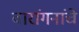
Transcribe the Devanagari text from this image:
वारांगनांचे